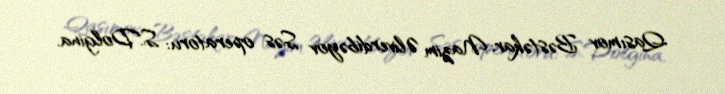
Qasımov Bəstəkar: Nazim Əliverdibəyov Səs operatoru: S.Dolgina.